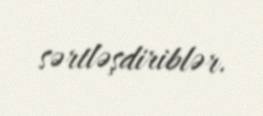
sərtləşdiriblər.